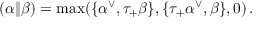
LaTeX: ( \alpha \| \beta ) = \operatorname * { m a x } ( \{ \alpha ^ { \vee } , \tau _ { + } \beta \} , \{ \tau _ { + } \alpha ^ { \vee } , \beta \} , 0 ) \, .